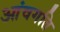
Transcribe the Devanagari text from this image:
आंवगति